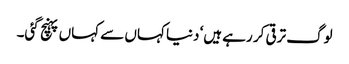
لوگ ترقی کر رہے ہیں‘ دنیا کہاں سے کہاں پہنچ گئی۔